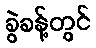
ခွဲခန့်တွင်